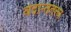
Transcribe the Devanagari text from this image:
वेदान्ततत्त्‍व